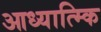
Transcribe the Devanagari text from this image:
आध्यात्म्कि